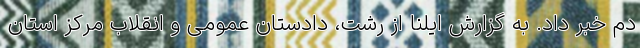
دم خبر داد. به گزارش ایلنا از رشت، دادستان عمومی و انقلاب مرکز استان